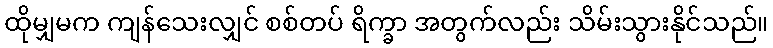
ထိုမျှမက ကျန်သေးလျှင် စစ်တပ် ရိက္ခာ အတွက်လည်း သိမ်းသွားနိုင်သည်။